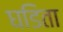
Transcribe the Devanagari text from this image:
घडिता